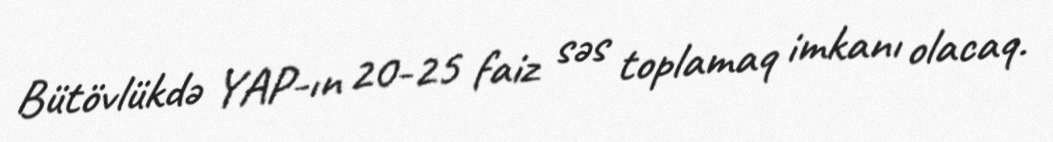
Bütövlükdə YAP-ın 20-25 faiz səs toplamaq imkanı olacaq.